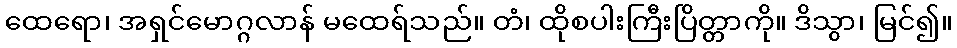
ထေရော၊ အရှင်မောဂ္ဂလာန် မထေရ်သည်။ တံ၊ ထိုစပါးကြီးပြိတ္တာကို။ ဒိသွာ၊ မြင်၍။